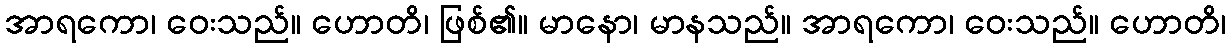
အာရကော၊ ဝေးသည်။ ဟောတိ၊ ဖြစ်၏။ မာနော၊ မာနသည်။ အာရကော၊ ဝေးသည်။ ဟောတိ၊